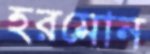
হরমোন